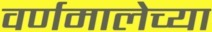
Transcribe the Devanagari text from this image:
वर्णमालेच्या